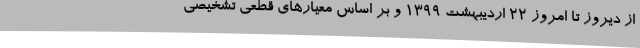
از دیروز تا امروز 22 اردیبهشت 1399 و بر اساس معیارهای قطعی تشخیصی